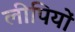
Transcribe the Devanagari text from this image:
लीपियों